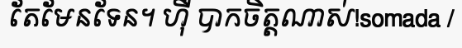
តែមែនទែន។ ហ៊ឺ បាកចិត្តណាស់!somada /